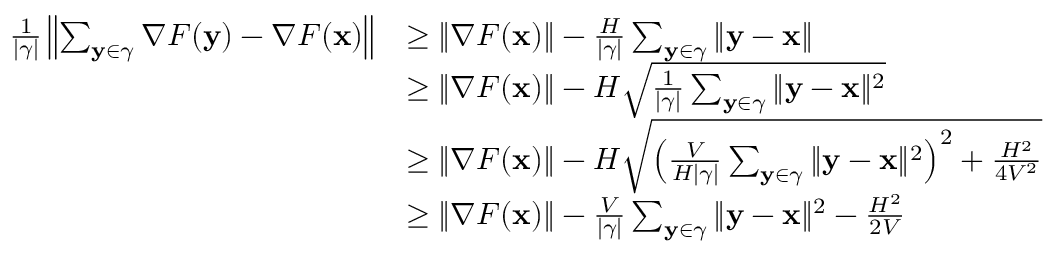
\begin{array} { r l } { \frac { 1 } { | \gamma | } \left\| \sum _ { \mathbf { y } \in \gamma } \nabla F ( \mathbf { y } ) - \nabla F ( { \mathbf x } ) \right\| } & { \ge \| \nabla F ( { \mathbf x } ) \| - \frac { H } { | \gamma | } \sum _ { \mathbf { y } \in \gamma } \| \mathbf { y } - { \mathbf x } \| } \\ & { \ge \| \nabla F ( { \mathbf x } ) \| - H \sqrt { \frac { 1 } { | \gamma | } \sum _ { \mathbf { y } \in \gamma } \| \mathbf { y } - { \mathbf x } \| ^ { 2 } } } \\ & { \ge \| \nabla F ( { \mathbf x } ) \| - H \sqrt { \left( \frac { V } { H | \gamma | } \sum _ { \mathbf { y } \in \gamma } \| \mathbf { y } - { \mathbf x } \| ^ { 2 } \right) ^ { 2 } + \frac { H ^ { 2 } } { 4 V ^ { 2 } } } } \\ & { \ge \| \nabla F ( { \mathbf x } ) \| - \frac { V } { | \gamma | } \sum _ { \mathbf { y } \in \gamma } \| \mathbf { y } - { \mathbf x } \| ^ { 2 } - \frac { H ^ { 2 } } { 2 V } } \end{array}